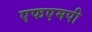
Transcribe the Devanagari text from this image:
एफएमपी